Scottish Leaving Certificate Examination, 1960
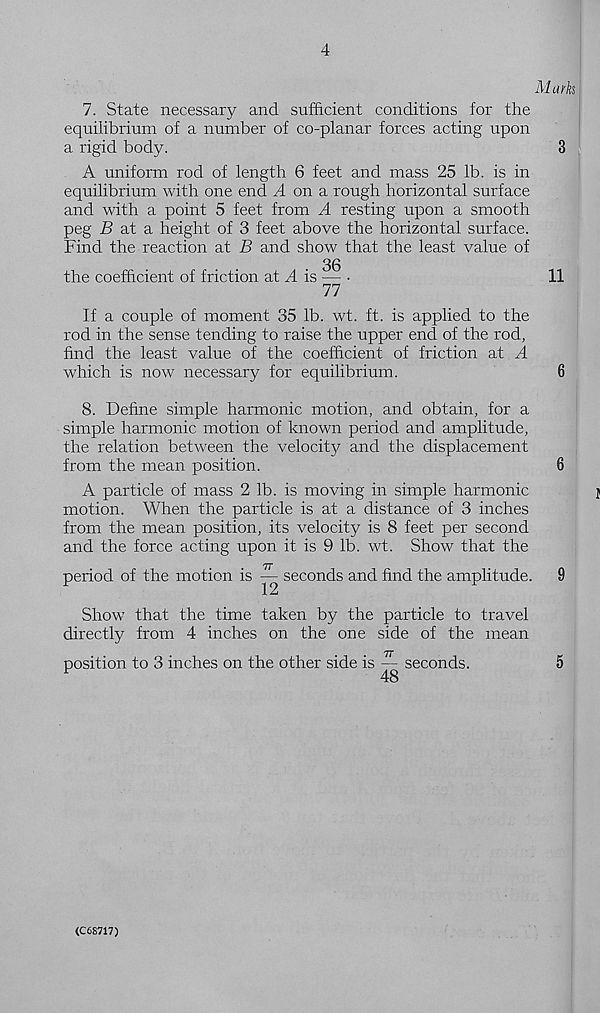
4
Marks
7. State necessary and sufficient conditions for the
equilibrium of a number of co-planar forces acting upon
a rigid body.
3
A uniform rod of length 6 feet and mass 25 lb. is in
equilibrium with one end A on a rough horizontal surface
and with a point 5 feet from A resting upon a smooth
peg £> at a height of 3 feet above the horizontal surface.
Find the reaction at B and show that the least value of
36
the coefficient of friction at A is — •
11
77
If a couple of moment 35 lb. wt. ft. is applied to the
rod in the sense tending to raise the upper end of the rod,
find the least value of the coefficient of friction at A
which is now necessary for equilibrium.
6
8. Define simple harmonic motion, and obtain, for a
simple harmonic motion of known period and amplitude,
the relation between the velocity and the displacement
from the mean position.
6
A particle of mass 2 lb. is moving in simple harmonic
j
motion. When the particle is at a distance of 3 inches
from the mean position, its velocity is 8 feet per second
and the force acting upon it is 9 lb. wt. Show that the
period of the motion is — seconds and find the amplitude.
9
Show that the time taken by the particle to travel
directly from 4 inches on the one side of the mean
position to 3 inches on the other side is — seconds.
5
F
48
(C6S717)